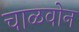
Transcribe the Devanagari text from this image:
चाळवोन